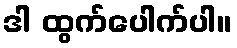
ဒါ ထွက်ပေါက်ပါ။